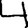
Digit: 4